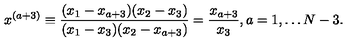
x ^ { ( a + 3 ) } \equiv \frac { ( x _ { 1 } - x _ { a + 3 } ) ( x _ { 2 } - x _ { 3 } ) } { ( x _ { 1 } - x _ { 3 } ) ( x _ { 2 } - x _ { a + 3 } ) } = \frac { x _ { a + 3 } } { x _ { 3 } } , a = 1 , \ldots N - 3 .